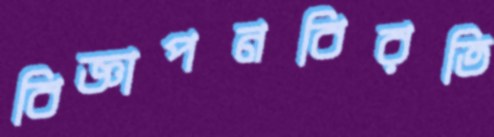
বিজ্ঞাপনবিরতি